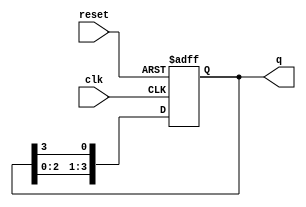
module bistable_ring_counter (
    input wire clk,           // Clock input
    input wire reset,         // Asynchronous reset input
    output reg [N-1:0] q      // Output state (N-bit counter)
);
    parameter N = 4; // Number of bits in the counter

    // Initial state for the counter
    initial begin
        q = 4'b0001; // Initialize the counter to 0001
    end

    always @(posedge clk or posedge reset) begin
        if (reset) begin
            q <= 4'b0001; // Reset to initial state
        end else begin
            // Shift the bits to the right
            q <= {q[N-2:0], q[N-1]}; // Rotate right
        end
    end
endmodule